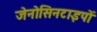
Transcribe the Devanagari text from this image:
जेनोसिनटाइपों